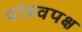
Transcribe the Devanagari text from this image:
पांडवपक्ष